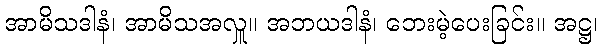
အာမိသဒါနံ၊ အာမိသအလှူ။ အဘယဒါနံ၊ ဘေးမဲ့ပေးခြင်း။ အဋ္ဌ၊